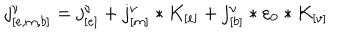
LaTeX: j _ { [ e , m , b ] } ^ { \nu } = j _ { [ e ] } ^ { \nu } + j _ { [ m ] } ^ { \nu } * K _ { [ e ] } + j _ { [ b ] } ^ { \nu } * \varepsilon _ { 0 } * K _ { [ v ] }